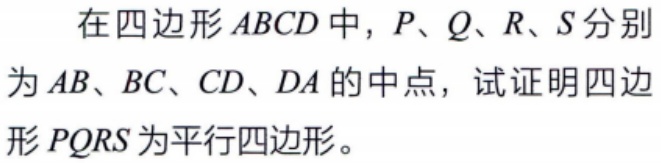
在四边形\(ABCD\)中，\(P、Q、R、S\)分别为\(AB、BC、CD、DA\)的中点，试证明四边形\(PQRS\)为平行四边形。